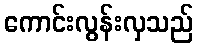
ကောင်းလွန်းလှသည်